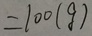
= 1 0 0 ( g )